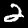
Label: 2